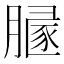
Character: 𰯒